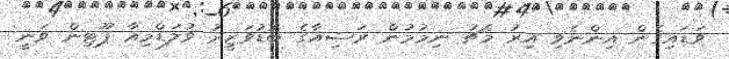
ވަޑައިގެން އިންނެވި އިރު މެޗު ނިމުމުން ރަޝިއާގެ ބޮޑުވަޒީރު ވުލަޑްމިއާ ޕޫޓިން ވަނީ